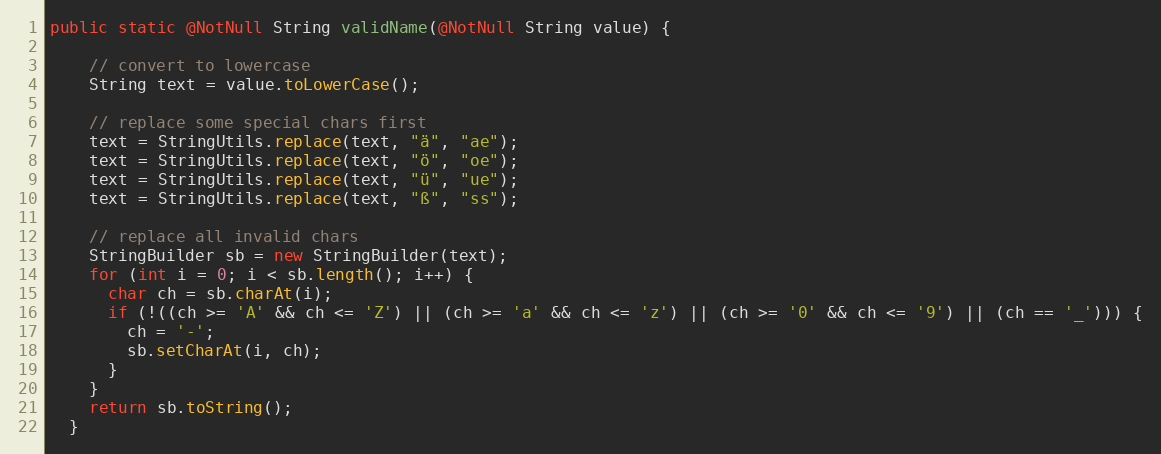
Language: Java
public static @NotNull String validName(@NotNull String value) {

    // convert to lowercase
    String text = value.toLowerCase();

    // replace some special chars first
    text = StringUtils.replace(text, "ä", "ae");
    text = StringUtils.replace(text, "ö", "oe");
    text = StringUtils.replace(text, "ü", "ue");
    text = StringUtils.replace(text, "ß", "ss");

    // replace all invalid chars
    StringBuilder sb = new StringBuilder(text);
    for (int i = 0; i < sb.length(); i++) {
      char ch = sb.charAt(i);
      if (!((ch >= 'A' && ch <= 'Z') || (ch >= 'a' && ch <= 'z') || (ch >= '0' && ch <= '9') || (ch == '_'))) {
        ch = '-';
        sb.setCharAt(i, ch);
      }
    }
    return sb.toString();
  }